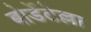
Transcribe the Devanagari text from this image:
बोर्डेटेल्ला